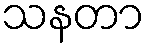
သနတာ